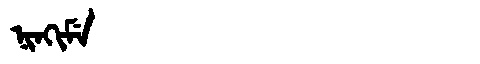
Manchu: ᠨᡳᠨᡴᡳᠮᡝ
Romanization: NINKIME